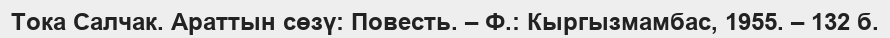
Тока Салчак. Араттын сөзү: Повесть. – Ф.: Кыргызмамбас, 1955. – 132 б.